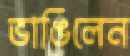
ভাঙিলেন